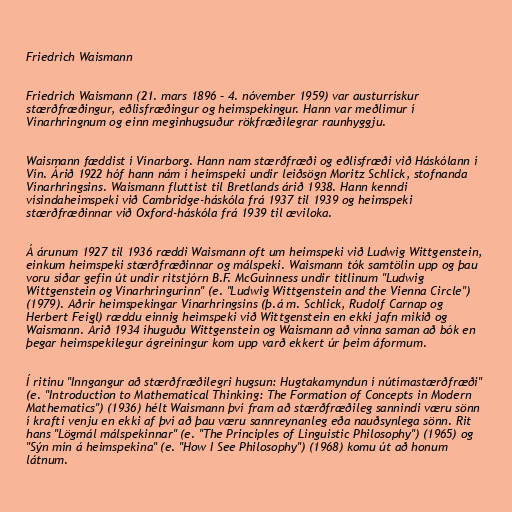
Friedrich Waismann

Friedrich Waismann (21. mars 1896 – 4. nóvember 1959) var austurrískur
stærðfræðingur, eðlisfræðingur og heimspekingur. Hann var meðlimur í
Vínarhringnum og einn meginhugsuður rökfræðilegrar raunhyggju.

Waismann fæddist í Vínarborg. Hann nam stærðfræði og eðlisfræði við Háskólann í
Vín. Árið 1922 hóf hann nám í heimspeki undir leiðsögn Moritz Schlick, stofnanda
Vínarhringsins. Waismann fluttist til Bretlands árið 1938. Hann kenndi
vísindaheimspeki við Cambridge-háskóla frá 1937 til 1939 og heimspeki
stærðfræðinnar við Oxford-háskóla frá 1939 til æviloka.

Á árunum 1927 til 1936 ræddi Waismann oft um heimspeki við Ludwig Wittgenstein,
einkum heimspeki stærðfræðinnar og málspeki. Waismann tók samtölin upp og þau
voru síðar gefin út undir ritstjórn B.F. McGuinness undir titlinum "Ludwig
Wittgenstein og Vínarhringurinn" (e. "Ludwig Wittgenstein and the Vienna Circle")
(1979). Aðrir heimspekingar Vínarhringsins (þ.á m. Schlick, Rudolf Carnap og
Herbert Feigl) ræddu einnig heimspeki við Wittgenstein en ekki jafn mikið og
Waismann. Árið 1934 íhuguðu Wittgenstein og Waismann að vinna saman að bók en
þegar heimspekilegur ágreiningur kom upp varð ekkert úr þeim áformum.

Í ritinu "Inngangur að stærðfræðilegri hugsun: Hugtakamyndun í nútímastærðfræði"
(e. "Introduction to Mathematical Thinking: The Formation of Concepts in Modern
Mathematics") (1936) hélt Waismann því fram að stærðfræðileg sannindi væru sönn
í krafti venju en ekki af því að þau væru sannreynanleg eða nauðsynlega sönn. Rit
hans "Lögmál málspekinnar" (e. "The Principles of Linguistic Philosophy") (1965) og
"Sýn mín á heimspekina" (e. "How I See Philosophy") (1968) komu út að honum
látnum.